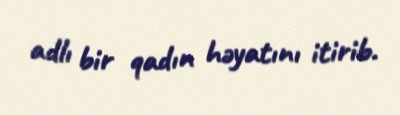
adlı bir qadın həyatını itirib.